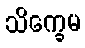
သိက္ခေမ